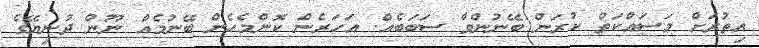
އިތުރަށް މަސައްކަތް ކުރަން ބޭނުންވާ ސަބަބެއް. އަހަރެން ކޮންމެހެން ބޭނުމެއް ނޫން ދުނިޔޭގެ